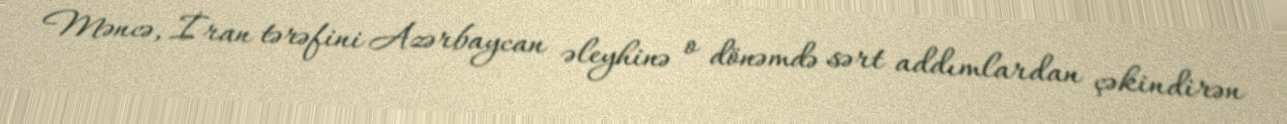
Məncə, İran tərəfini Azərbaycan əleyhinə o dönəmdə sərt addımlardan çəkindirən